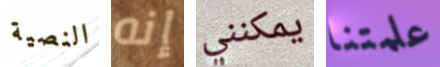
النصية إنه يمكنني علمتنا